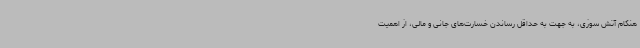
هنگام آتش سوزی، به جهت به حداقل رساندن خسارت‌های جانی و مالی، از اهمیت